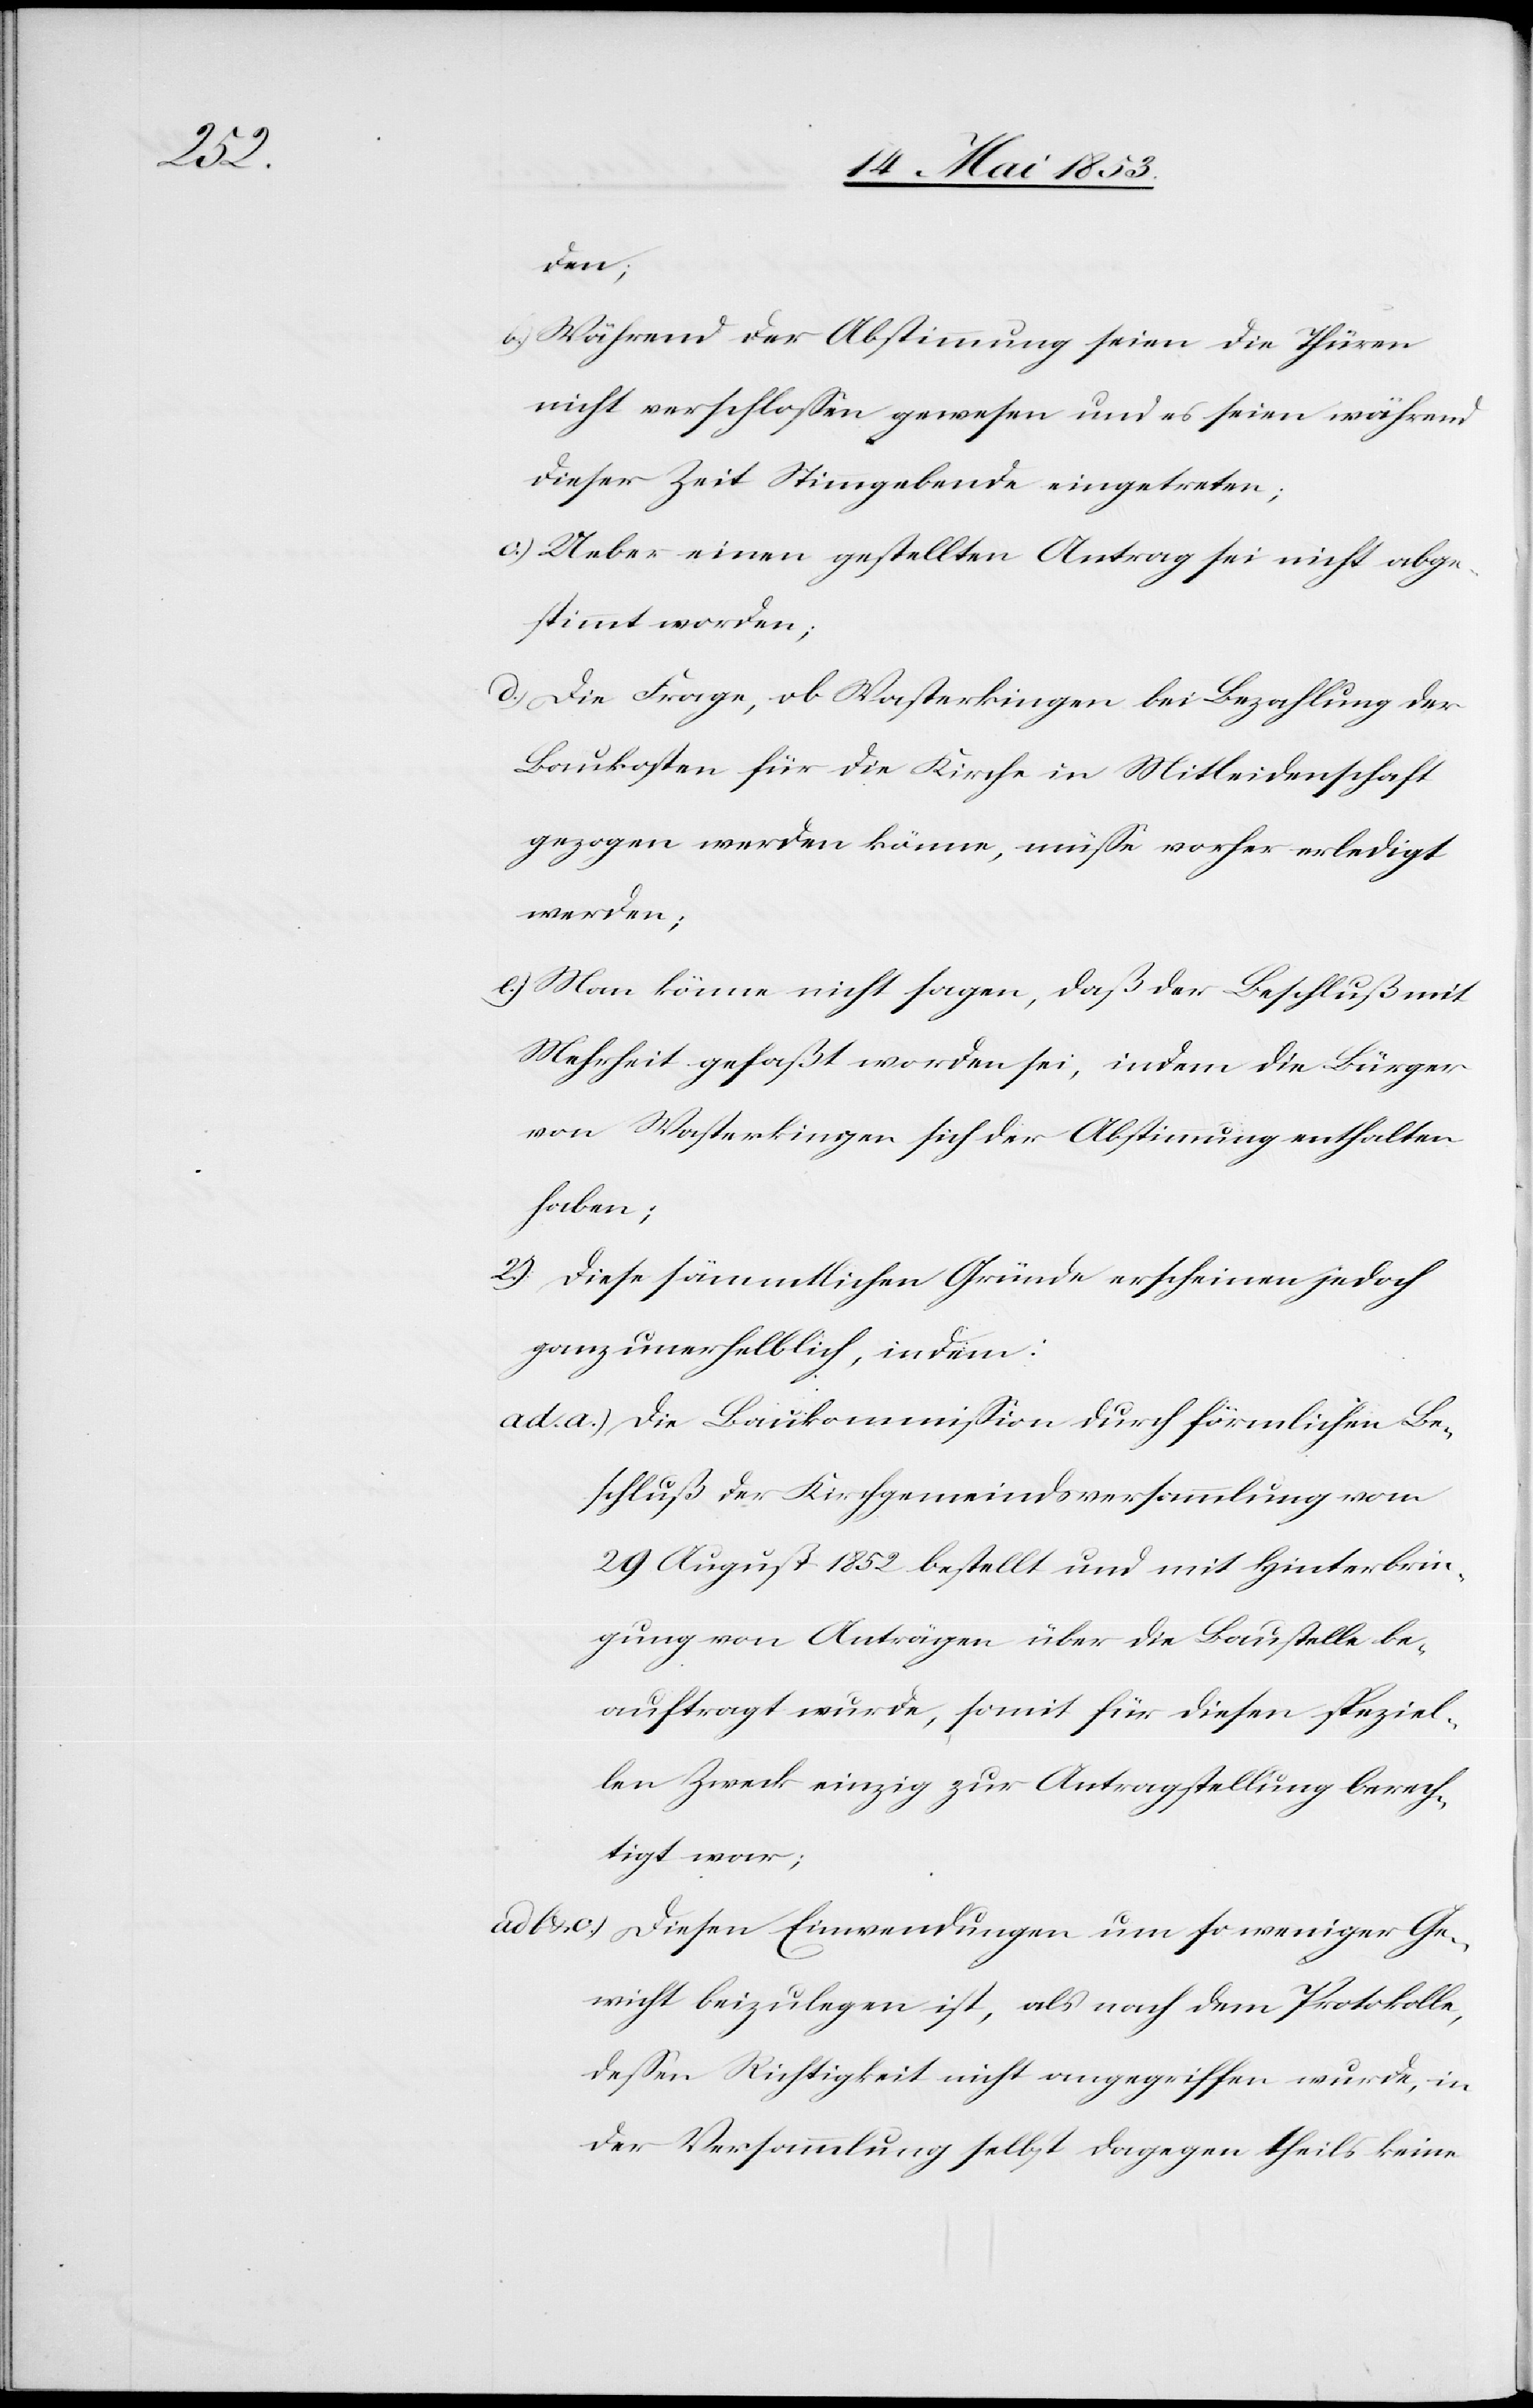
den;
b) Während der Abstimmung seien die Thüren
nicht verschloßen gewesen und es seien während
dieser Zeit Stimmgebende eingetreten;
c.) Ueber einen gestellten Antrag sei nicht abge¬
stimmt worden;
d.) Die Frage, ob Wasterkingen bei Bezahlung der
Baukosten für die Kirche in Mitleidenschaft
gezogen werden könne, müße vorher erledigt
werden;
e.) Man könne nicht sagen, daß der Beschluß mit
Mehrheit gefaßt worden sei, indem die Bürger
von Wasterkingen, sich der Abstimmung enthalten
haben;
2.) Diese sämmtlichen Gründe erscheinen jedoch
ganz unerheblich, indem:
ad a.) Die Baukommißion durch förmlichen Be¬
schluß der Kirchgemeindsversammlung vom
29 August 1852 bestellt und mit Hinterbrin¬
gung von Anträgen über die Baustelle be¬
auftragt wurde, soweit für diesen speziel¬
len Zweck einzig zur Antragstellung berech¬
tigt war;
ad b. u. c.) Diesen Einsendungen um so weniger Ge¬
wicht beizulegen ist, als nach dem Protokolle,
deßen Richtigkeit nicht angegriffen wurde, in
der Versammlung selbst dagegen theils keine